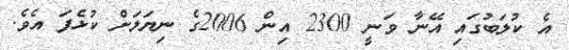
އެ ކުލަބުގައި އޭނާ ވަނީ 2300 އިން 2006ގެ ނިޔަލަށް ކުޅެފަ އެވެ.